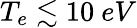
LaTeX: T_{e}\lesssim 10~eV